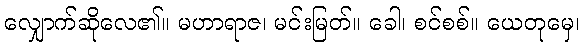
လျှောက်ဆိုလေ၏။ မဟာရာဇ၊ မင်းမြတ်။ ခေါ၊ စင်စစ်။ ယေတုမှေ၊